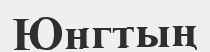
Юнгтың